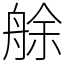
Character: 艅